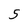
Character: 5